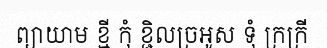
ព្យាយាម ខ្មី កុំ ខ្ជិលច្រអូស ទុំ ក្រក្រី